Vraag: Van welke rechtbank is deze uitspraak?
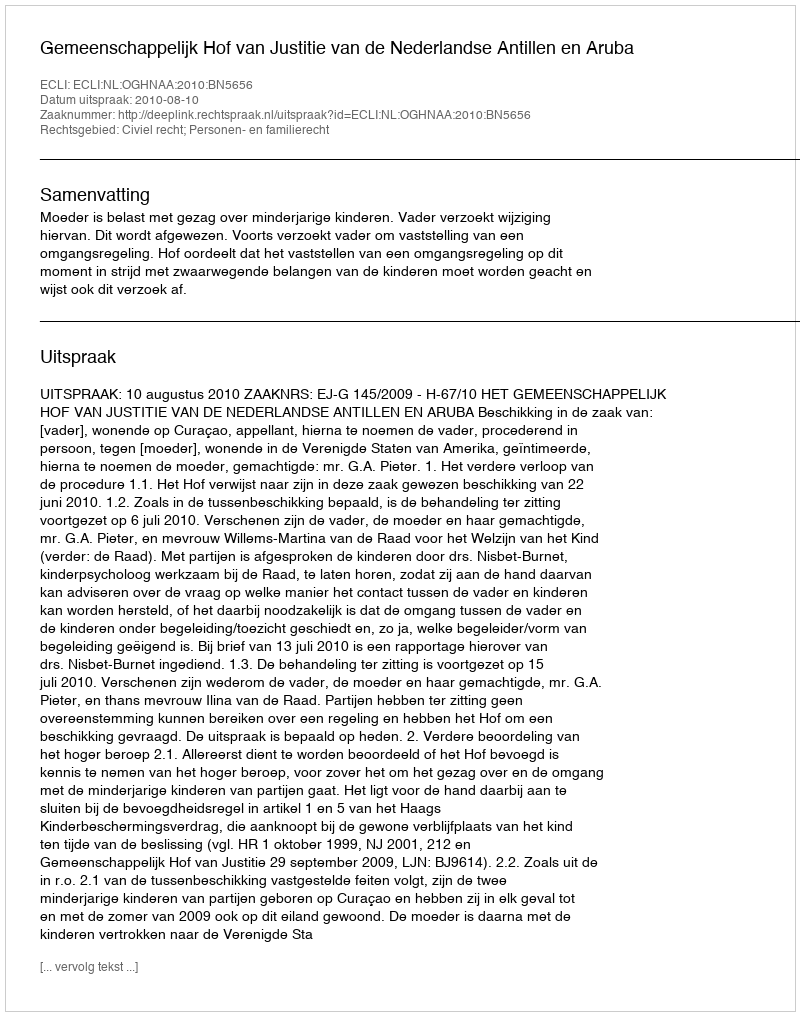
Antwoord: Gemeenschappelijk Hof van Justitie van de Nederlandse Antillen en Aruba